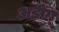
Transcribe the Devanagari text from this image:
अडींग्